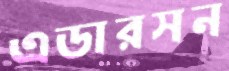
এডারসন